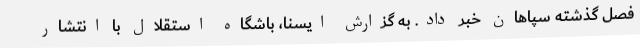
فصل گذشته سپاهان خبر داد. به گزارش ایسنا، باشگاه استقلال با انتشار